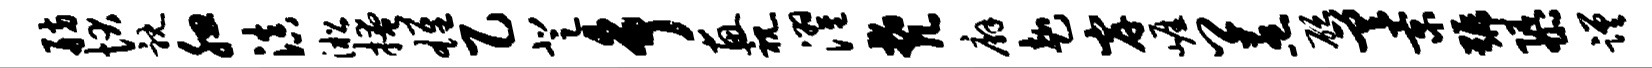
舫状耽腮滇淞掩雄乙登争惠视濯梵廨赴岸崖卿惹砭差景号隳蹉